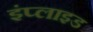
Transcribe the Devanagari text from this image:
इंप्लाइड